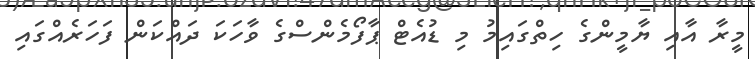
މީރާ އާއި ޔާމީންގެ ހިތްގައިމު މި ޑުއެޓް ޕާފޯމެންސްގެ ވާހަކަ ދައްކަން ފަހަރެއްގައި